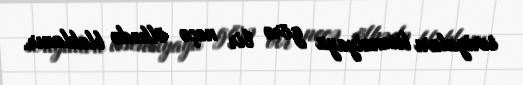
seriyaları lisenziyaya görə bir neçə ölkədə bloklanır.